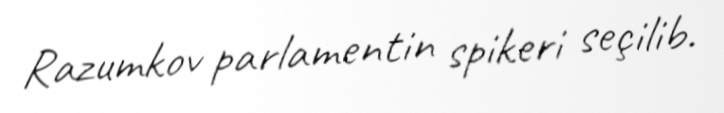
Razumkov parlamentin spikeri seçilib.